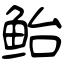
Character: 鲐